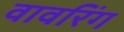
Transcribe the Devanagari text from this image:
वावरिंग